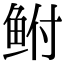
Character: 鲋